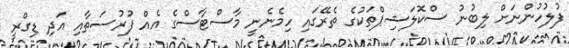
ފުލުހުންނަށް ލިބުނު ސްކޮލަޝިޕްތަކުގެ ތެރޭގައި ހިމެނެނީ މާސްޓާސްގެ އެއް ފުރުސަތާއި އަދި ޑިގްރީ